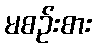
မစဉ်းစား